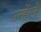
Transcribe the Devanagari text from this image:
उन्हाेंने